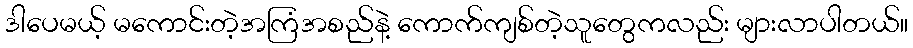
ဒါပေမယ့် မကောင်းတဲ့အကြံအစည်နဲ့ ကောက်ကျစ်တဲ့သူတွေကလည်း များလာပါတယ်။